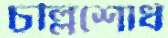
চল্লিশোর্ধ